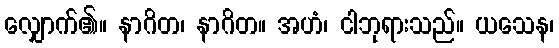
လျှောက်၏။ နာဂိတ၊ နာဂိတ။ အဟံ၊ ငါဘုရားသည်။ ယသေန၊